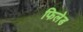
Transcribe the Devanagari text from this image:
फिलेड